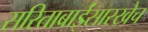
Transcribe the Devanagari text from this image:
सरिताबाईंसारखेच